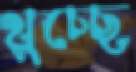
থুচ্ছে